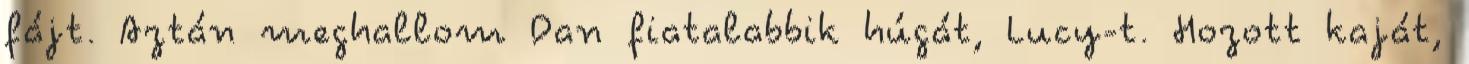
fájt. Aztán meghallom Dan fiatalabbik húgát, Lucy-t. Hozott kaját,